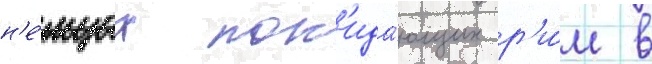
н'е́мцах пок'ида́ющих р'и́м в